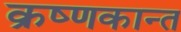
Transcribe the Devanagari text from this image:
क्रष्णकान्त